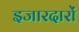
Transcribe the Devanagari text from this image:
इजारदारों